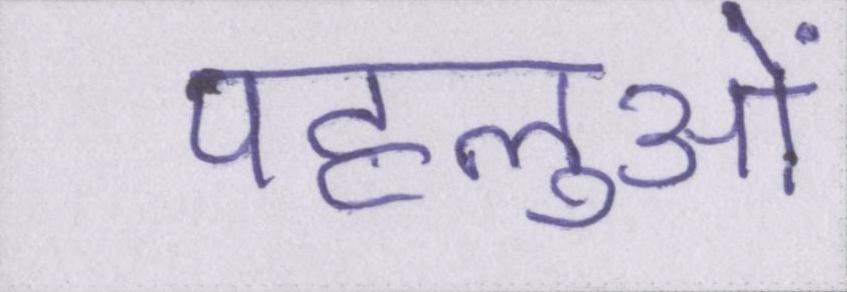
पहलुओं